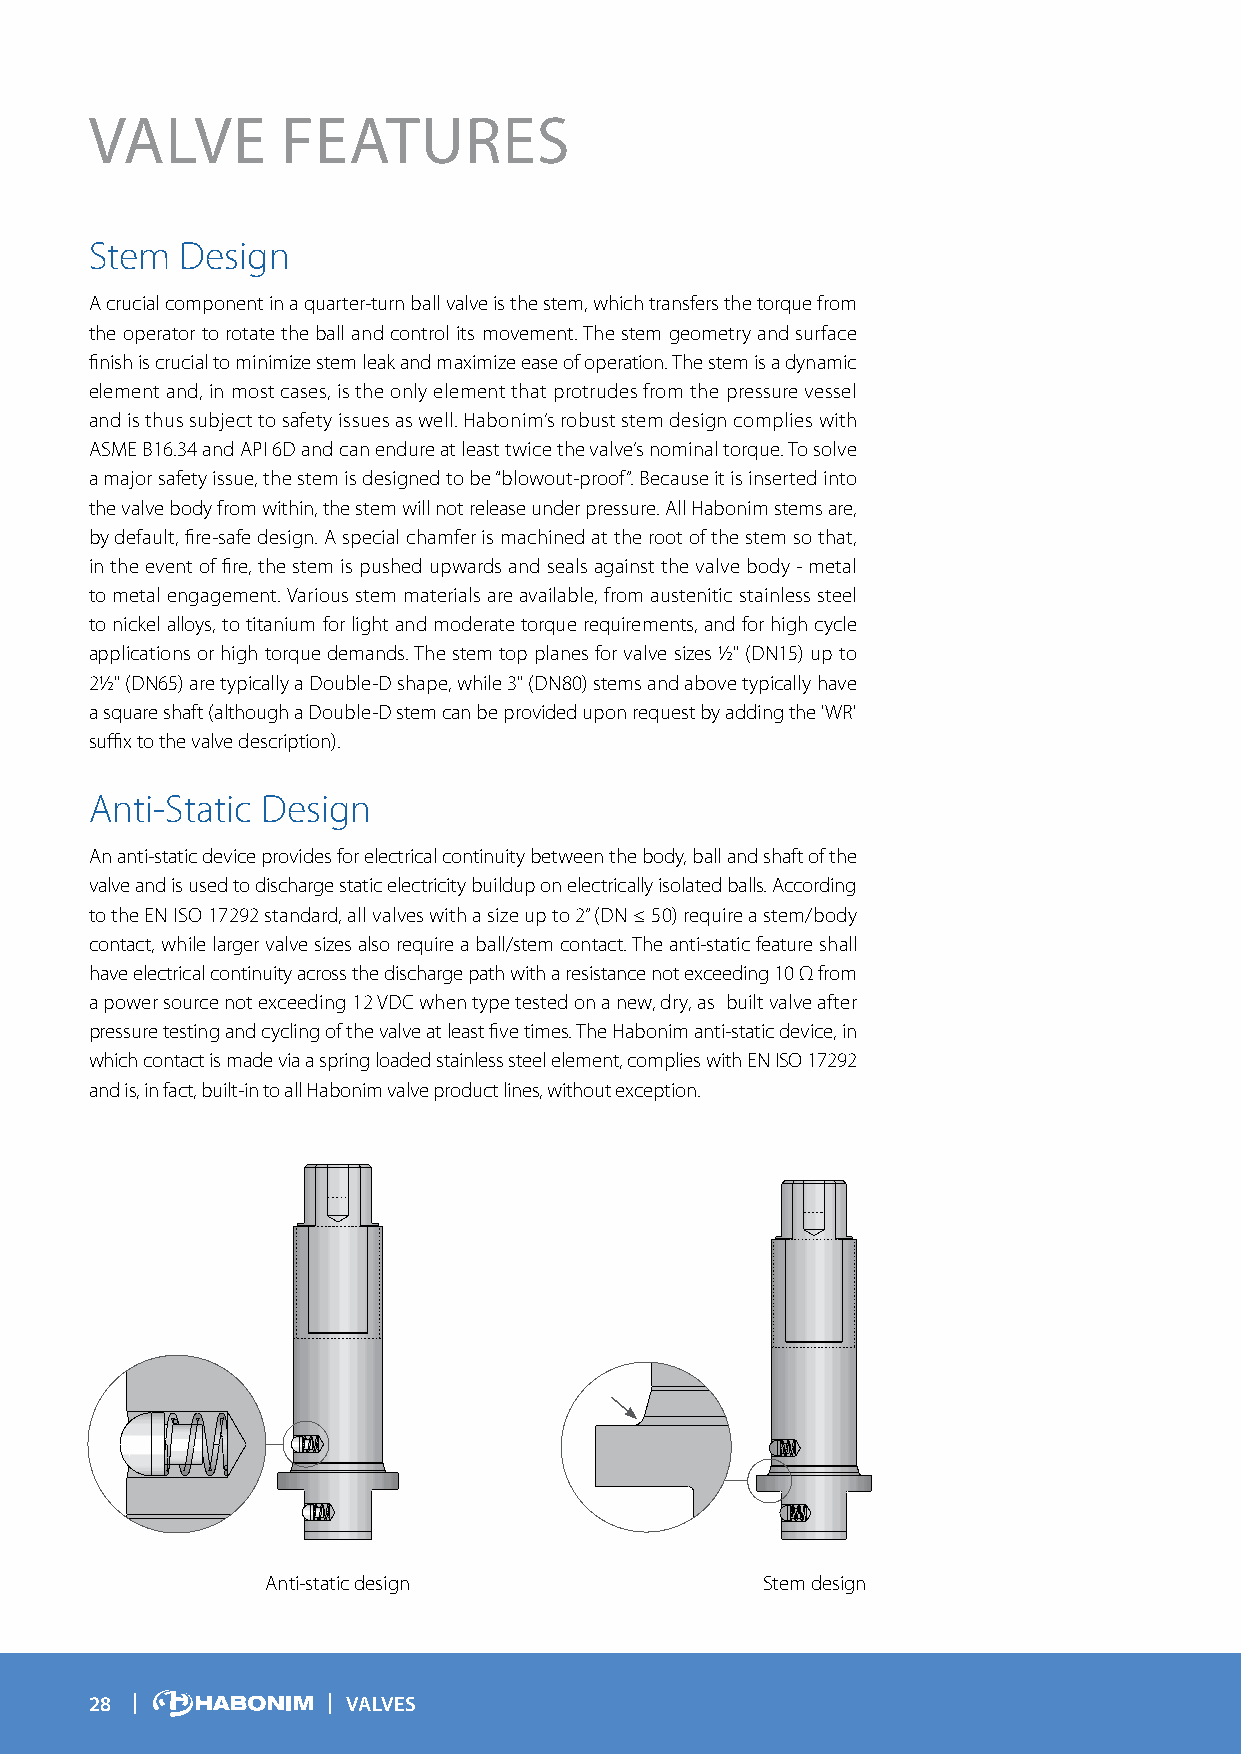
VALVE        FEATURES
 Stem  Design
 A crucial component in a quarter-turn ball valve is the stem, which transfers the torque from
 the operator to rotate the ball and control its movement. The stem geometry and surface
 finish is crucial to minimize stem leak and maximize ease of operation. The stem is a dynamic
 element and, in most cases, is the only element that protrudes from the pressure vessel
 and is thus subject to safety issues as well. Habonim’s robust stem design complies with
 ASME B16.34 and API 6D and can endure at least twice the valve’s nominal torque. To solve
 a major safety issue, the stem is designed to be “blowout-proof”. Because it is inserted into
 the valve body from within, the stem will not release under pressure. All Habonim stems are,
 by default, fire-safe design. A special chamfer is machined at the root of the stem so that,
 in the event of fire, the stem is pushed upwards and seals against the valve body - metal
 to metal engagement. Various stem materials are available, from austenitic stainless steel
 to nickel alloys, to titanium for light and moderate torque requirements, and for high cycle
 applications or high torque demands. The stem top planes for valve sizes ½" (DN15) up to
 2½" (DN65) are typically a Double-D shape, while 3" (DN80) stems and above typically have
 a square shaft (although a Double-D stem can be provided upon request by adding the 'WR'
 suffix to the valve description).
 Anti-Static Design
 An anti-static device provides for electrical continuity between the body, ball and shaft of the
 valve and is used to discharge static electricity buildup on electrically isolated balls. According
 to the EN ISO 17292 standard, all valves with a size up to 2” (DN ≤ 50) require a stem/body
 contact, while larger valve sizes also require a ball/stem contact. The anti-static feature shall
 have electrical continuity across the discharge path with a resistance not exceeding 10 Ω from
 a power source not exceeding 12 VDC when type tested on a new, dry, as‐built valve after
 pressure testing and cycling of the valve at least five times. The Habonim anti-static device, in
 which contact is made via a spring loaded stainless steel element, complies with EN ISO 17292
 and is, in fact, built-in to all Habonim valve product lines, without exception.
 Anti-static design              Stem design
 28               VALVES